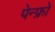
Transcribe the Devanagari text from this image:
पेन्फ्रो